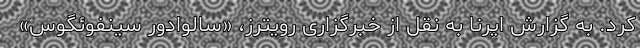
کرد. به گزارش ایرنا به نقل از خبرگزاری رویترز، «سالوادور سینفوئگوس»